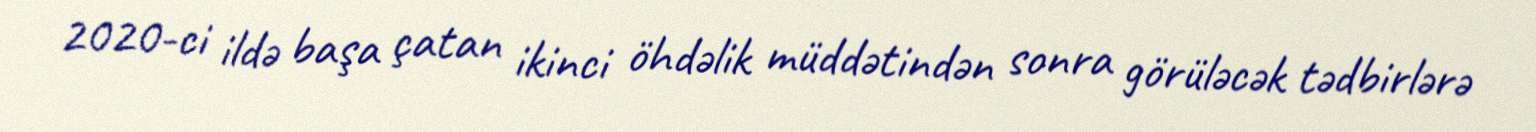
2020-ci ildə başa çatan ikinci öhdəlik müddətindən sonra görüləcək tədbirlərə